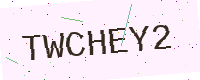
Text: TWCHEY2